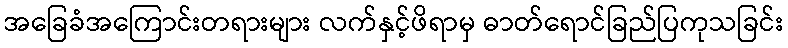
အခြေခံအကြောင်းတရားများ လက်နှင့်ဖိရာမှ ဓာတ်ရောင်ခြည်ပြကုသခြင်း